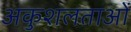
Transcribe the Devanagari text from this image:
अकुशलताओं